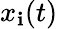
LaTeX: x_{\mathbf{i}}(t)